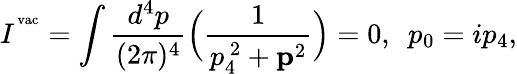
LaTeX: I^{{}^{\mathrm{vac}}}=\int\frac{d^{4}p}{(2\pi)^{4}}\Big(\frac{1}{p_{4}^{\ 2}+{\mathbf p}^{2}}\Big)=0,\ \ p_{0}=ip_{4},